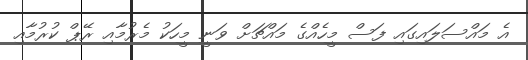
އެ މައްސަލައިގައި ފަސް މީހެއްގެ މައްޗަށް ވަނީ މީހަކު މެރުމާއި ރޭޕް ކުރުމާއި